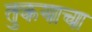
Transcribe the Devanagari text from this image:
तुकयाचा